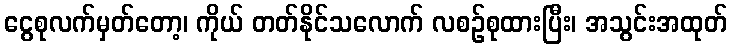
ငွေစုလက်မှတ်တော့၊ ကိုယ် တတ်နိုင်သလောက် လစဉ်စုထားပြီး၊ အသွင်းအထုတ်